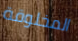
المخلوقة